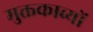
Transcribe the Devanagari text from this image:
मुक्तकाव्यों